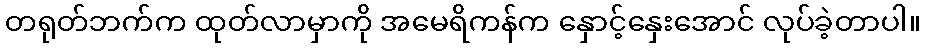
တရုတ်ဘက်က ထုတ်လာမှာကို အမေရိကန်က နှောင့်နှေးအောင် လုပ်ခဲ့တာပါ။